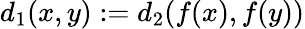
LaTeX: d_{1}(x,y):=d_{2}(f(x),f(y))